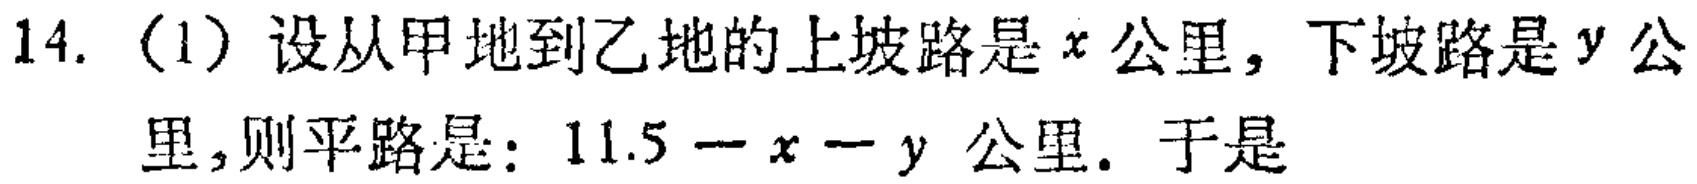
14. (1) 设从甲地到乙地的上坡路是\(x\)公里，下坡路是\(y\)公里, 则平路是：\(11.5 - x - y\)公里. 于是